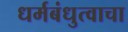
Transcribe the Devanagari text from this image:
धर्मबंधुत्वाचा